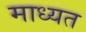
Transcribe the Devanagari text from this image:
माध्यत